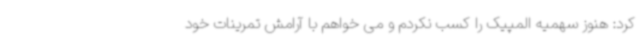
کرد: هنوز سهمیه المپیک را کسب نکردم و می خواهم با آرامش تمرینات خود